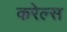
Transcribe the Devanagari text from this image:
करेल्स